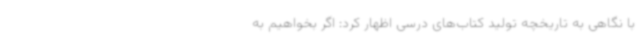
با نگاهی به تاریخچه تولید کتاب‌های درسی اظهار کرد: اگر بخواهیم به